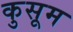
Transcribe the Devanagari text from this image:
कुसूम